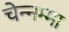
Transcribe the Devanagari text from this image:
चेन्‍नम्‍मा